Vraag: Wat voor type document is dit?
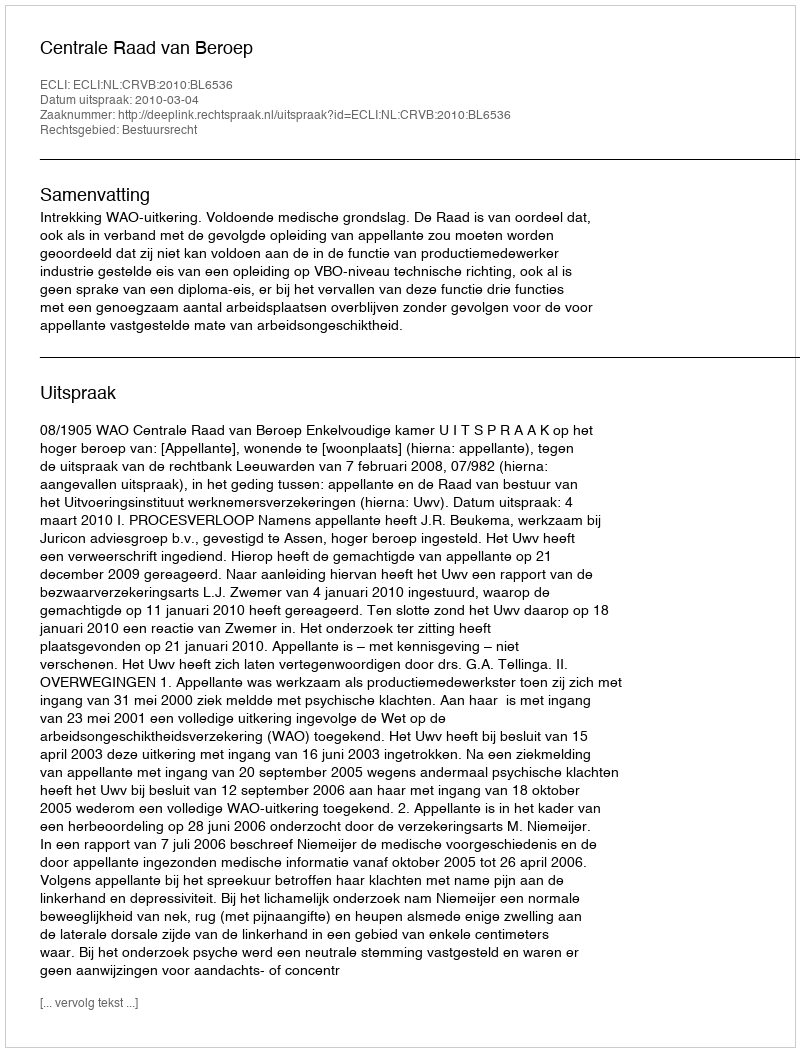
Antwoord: Uitspraak